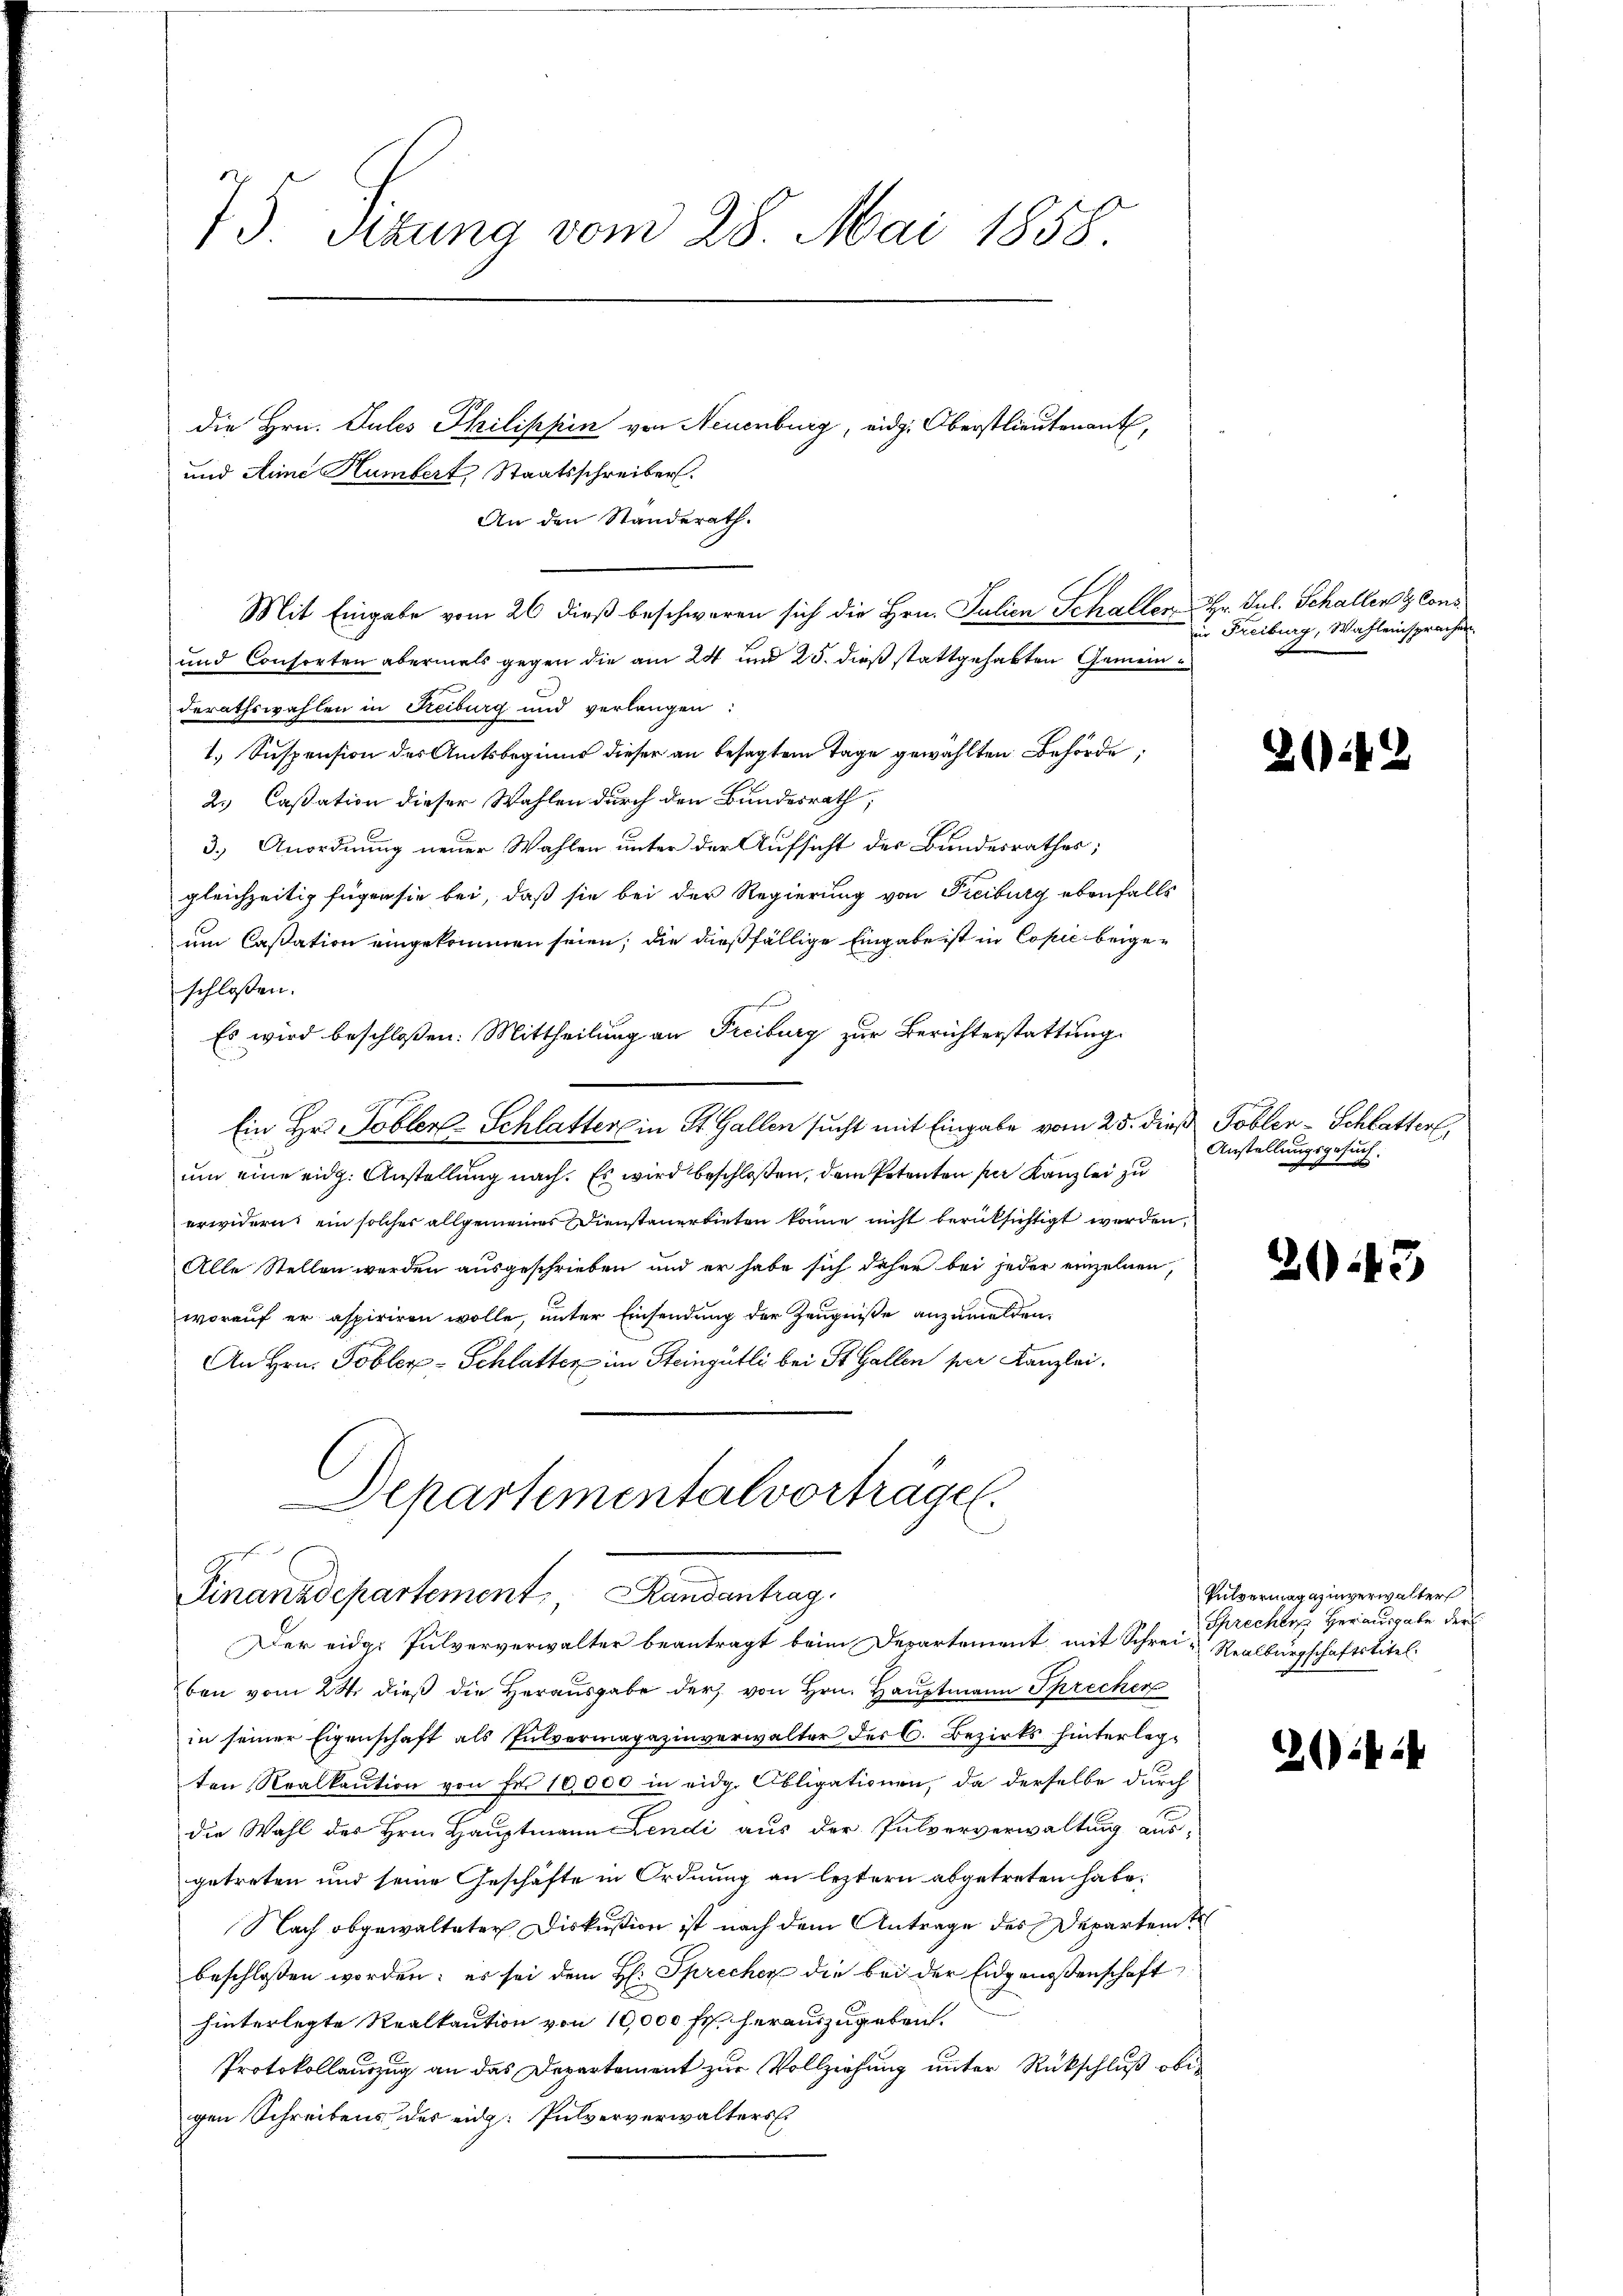
75 Sizung vom 28. Mai 1858.

und Anne Humbert Staatsschreiber.
An den Standerath.
Mit Eingabe vom 26 dieß beschweren sich die Hrn. Julien Schaller Hr. Jul. Schaller & Cons
und Consorten abermals gegen die am 24 und 25. dieß stattgehabten Gemeinderathswahlen in Reiburg und verlangen:
1. Suspension des Amtsbeginne dieser an besagtem Tage gewählten Behörde;
2. Cassation dieser Wahlen durch den Bundesrath,
3.) Anordnung neuer Wahlen unter der Aufsicht des Bandesrathes;
gleichzeitig fügen sie bei, daß sie bei der Regierung von Freiburg ebenfalls
um Cassation eingekommen seien; die dießfällige Eingabe ist in Copie beigeschlossen:
f
Es wird beschloßen: Mittheilung an Freiburg zur Berichterstattung
Ein Hr. Tobler-Schlatter in St. Gallen sucht mit Eingabe vom 25. dieß Tobler-Schlatterl
um eine eidg. Anstellung nach. Es wird beschloßen, dem Petenten per Kanzlei zu
erwidern ein solches allgemeines Dienstauerbieten könne nicht berüksichtigt werden,
Alle Stellen werden ausgeschrieben und er habe sich daher bei jeder einzelnen,
worauf er aspiriren wolle, unter Einsendung der Zeugniße anzumelden.
An Hrn. Tobler-Schlatter im Steingütli bei St. Gallen per Kanzlei.
Departementalvorträge.

die Hrn. Gutes Philippin von Neuenburg, eidg. Oberstlieutenant,

Finanzdepartement Randantrag
Der eidg. Pulververwalter beantragt beim Departement mit Schrei- Realburgschaftstitel

ben vom 24. dieß die Herausgabe der von Hrn. Hauptmann Sprecher
in seiner Eigenschaft als Pulvermagazinverwalter der C. Bezirks hinterlegten Realkaution von Fr. 10,000 in eidg. Obligationen, da derselbe durch
die Wahl des Hrn. Hauptmann Lendi aus der Pulververwaltung aus-
getreten und seine Geschäfte in Ordnung an leztern abgetreten habe.
Nach obgewalteter Diskußion ist nach dem Antrage des Departente
beschlossen worden; es sei dem H: Sprecher die bei der Eidgenoßenschaft
hinterlegte Realkaution von 10,000 Fr. herauszugeben.
Protokollauszug an das Departement zur Vollziehung unter Rückschluß ober
gen Schreibens des eidg. Pulververwalters

in Freiburg, Wahleinsprachen.

Anstellungs
te
.

Z.12

343

Pulvermagazinverwalter
Sprechen Herausgabe der

(1414